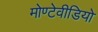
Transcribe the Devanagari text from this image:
मोण्टेवीडियो